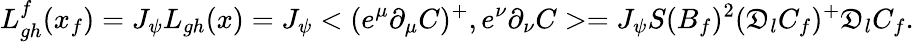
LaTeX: L_{gh}^{f}(x_{f})=J_{\psi}L_{gh}(x)=J_{\psi}<(e^{\mu}\partial_{\mu}C)^{+},e^{\nu}\partial_{\nu}C>=J_{\psi}S(B_{f})^{2}(\mathfrak{D}_{l}C_{f})^{+}\mathfrak{D}_{l}C_{f}.